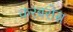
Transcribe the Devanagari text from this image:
करबरोस